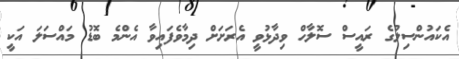
އެކައުންސިލުގެ ރައީސް ސޮލާހް ވިދާޅުވީ އެރަށަށް ދިމާވެފައިވާ އެންމެ ބޮޑު މައްސަލަ އަކީ